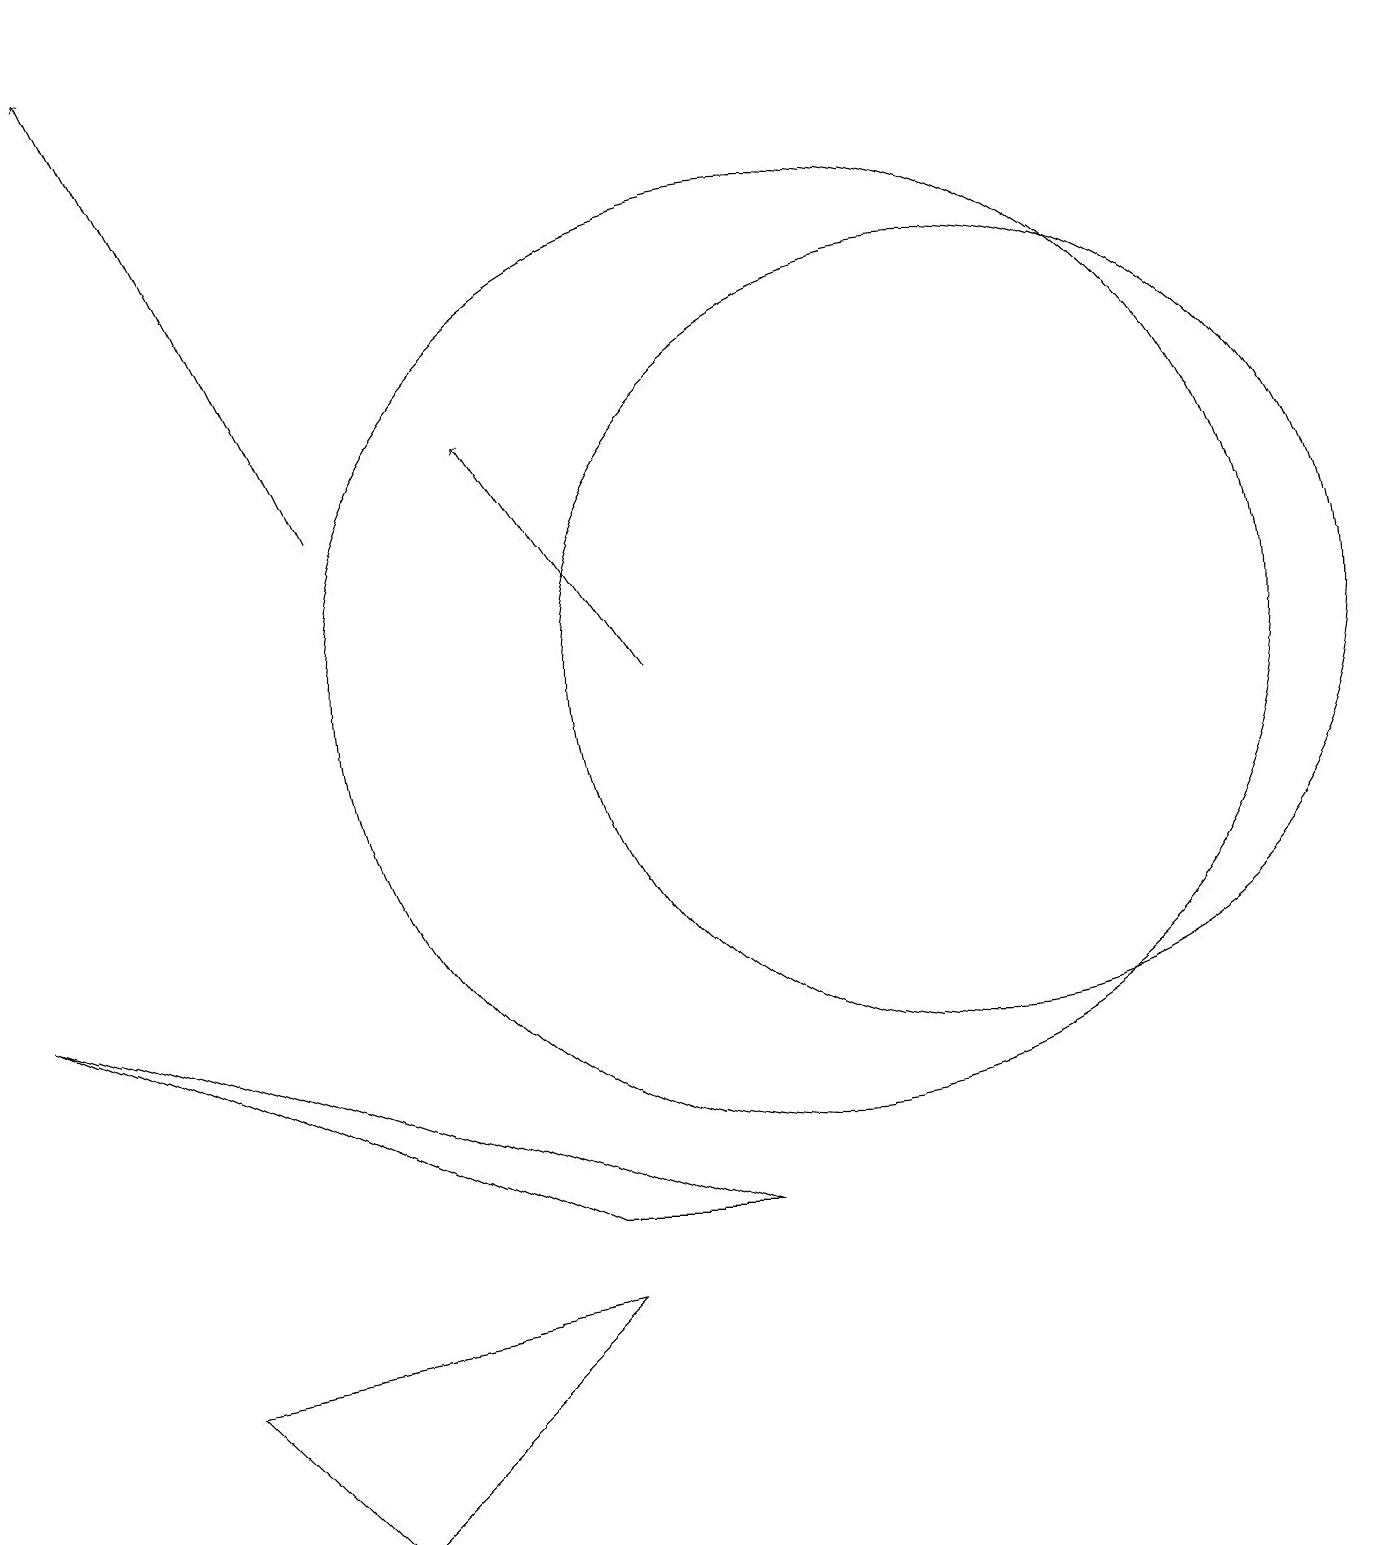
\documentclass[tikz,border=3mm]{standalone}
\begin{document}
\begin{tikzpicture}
\draw (2,2) -- (7,3) -- (4,0) -- cycle;
\draw (10,11) circle (6);
\draw[->] (8,11) -- (6,14);
\draw (7,4) -- (9,4) -- (0,7) -- cycle;
\draw (12,11) circle (5);
\draw[->] (4,13) -- (1,19);
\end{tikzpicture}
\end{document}